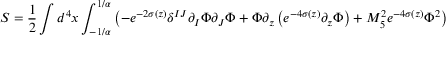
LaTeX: S = \frac { 1 } { 2 } \int d ^ { 4 } x \int _ { - 1 / \alpha } ^ { 1 / \alpha } \left( - e ^ { - 2 \sigma ( z ) } \delta ^ { I J } \partial _ { I } \Phi \partial _ { J } \Phi + \Phi \partial _ { z } \left( e ^ { - 4 \sigma ( z ) } \partial _ { z } \Phi \right) + M _ { 5 } ^ { 2 } e ^ { - 4 \sigma ( z ) } \Phi ^ { 2 } \right)